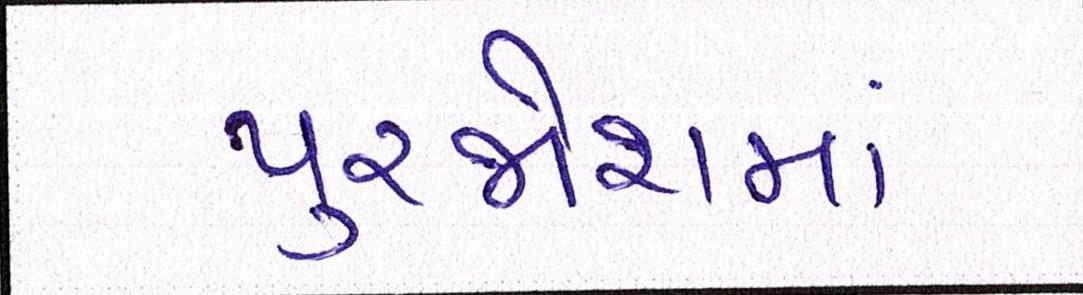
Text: પુરજોશમાં